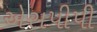
એસપીપી